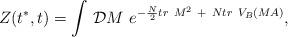
LaTeX: \begin{align*}Z(t^*,t)=\int\,{\cal D}M\ e^{-{N\over 2} tr~M^2\ +\ N tr~V_B(M A)},\end{align*}